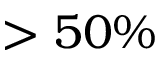
> 5 0 \%